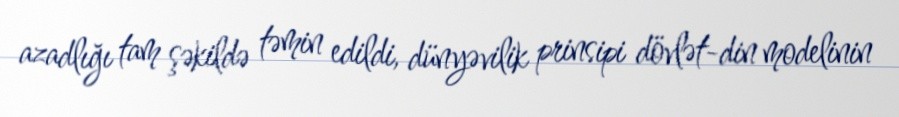
azadlığı tam şəkildə təmin edildi, dünyəvilik prinsipi dövlət-din modelinin